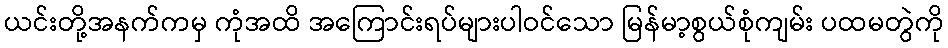
ယင်းတို့အနက်ကမှ ကုံအထိ အကြောင်းရပ်များပါဝင်သော မြန်မာ့စွယ်စုံကျမ်း ပထမတွဲကို